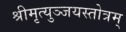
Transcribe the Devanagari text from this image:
श्रीमृत्युञ्जयस्तोत्रम्